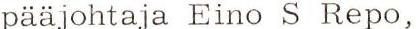
pääjohtaja Eino S Repo,